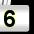
Digit: 6